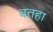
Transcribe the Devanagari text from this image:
बतहा